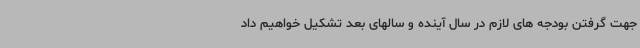
جهت گرفتن بودجه های لازم در سال آینده و سالهای بعد تشکیل خواهیم داد